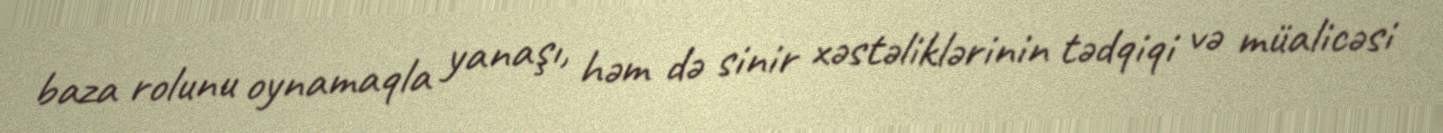
baza rolunu oynamaqla yanaşı, həm də sinir xəstəliklərinin tədqiqi və müalicəsi